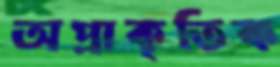
অপ্রাকৃতিক